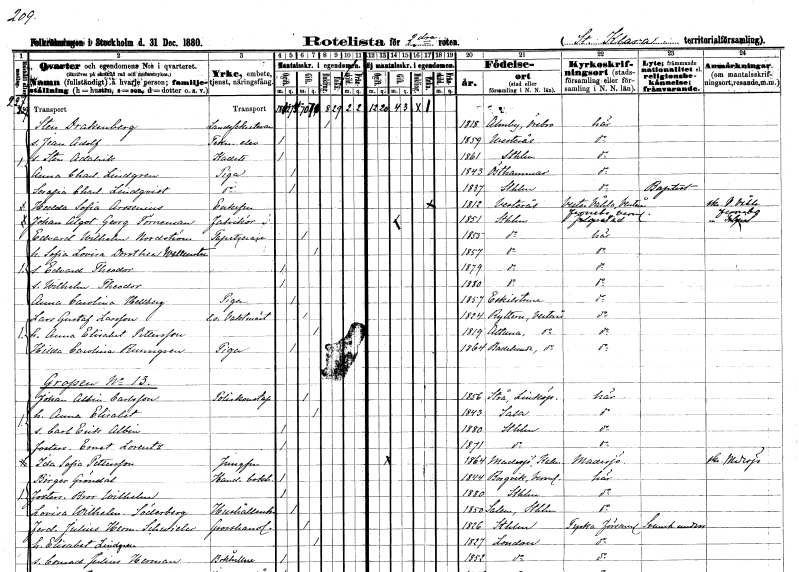
gt_parse: households: individuals: FN: Sten
EN: Drakenberg
YRKE: Landssekreterare
KON: M
CIV: E
FODAR: 1818
FODFORS: Almby Örebro län
FN: Jean Adolf
YRKE: Teknologelev
KON: M
CIV: O
FODAR: 1859
FODFORS: Västerås Västmanlands län
FN: Sten Adalrik
YRKE: Kadett
KON: M
CIV: O
FODAR: 1861
FODFORS: Stockholm
FN: Anna Charlotta
EN: Lindgren
YRKE: Piga
KON: K
CIV: O
FODAR: 1843
FODFORS: Östhammar Uppsala län
FN: Serafia Charlotta
EN: Lindqvist
YRKE: Piga
KON: K
CIV: O
FODAR: 1837
FODFORS: Stockholm
FN: Hedda Sofia
EN: Arosenius
KON: K
CIV: E
FODAR: 1812
FODFORS: Västerås Västmanlands län
FN: Johan Algot Georg
EN: Törneman
YRKE: Fabrikör
KON: M
CIV: G
FODAR: 1851
FODFORS: Stockholm
FN: Edvard Wilhelm
EN: Nordström
YRKE: Tapetserare
KON: M
CIV: G
FODAR: 1855
FODFORS: Stockholm
FN: Sofia Lovisa Dorothea
EN: Wallensten
KON: K
CIV: G
FODAR: 1857
FODFORS: Stockholm
FN: Edvard Theodor
KON: M
CIV: O
FODAR: 1879
FODFORS: Stockholm
FN: Wilhelm Theodor
KON: M
CIV: O
FODAR: 1880
FODFORS: Stockholm
FN: Anna Carolina
EN: Hellberg
YRKE: Piga
KON: K
CIV: O
FODAR: 1857
FODFORS: Eskilstuna Södermanlands län
FN: Lars Gustaf
EN: Larsson
YRKE: Vaktmästare e.o.
KON: M
CIV: G
FODAR: 1824
FODFORS: Rytterne Västmanlands län
FN: Anna Elisabet
EN: Pettersson
KON: K
CIV: G
FODAR: 1819
FODFORS: Altuna Uppsala län
FN: Hilda Carolina
EN: Runngren
YRKE: Piga
KON: K
CIV: O
FODAR: 1864
FODFORS: Badelunda Västmanlands län